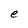
Character: e